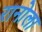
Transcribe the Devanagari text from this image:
रानोला